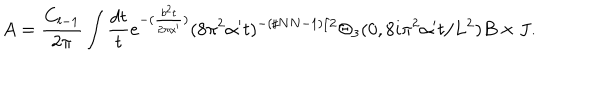
LaTeX: A = \frac { C _ { l - 1 } } { 2 \pi } \int \frac { d t } { t } e ^ { - ( \frac { b ^ { 2 } t } { 2 \pi \alpha ^ { \prime } } ) } ( 8 \pi ^ { 2 } \alpha ^ { \prime } t ) ^ { - ( \sharp N N - 1 ) / 2 } \Theta _ { 3 } ( 0 , 8 i \pi ^ { 2 } \alpha ^ { \prime } t / L ^ { 2 } ) B \times J .